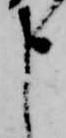
申